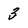
Character: 3